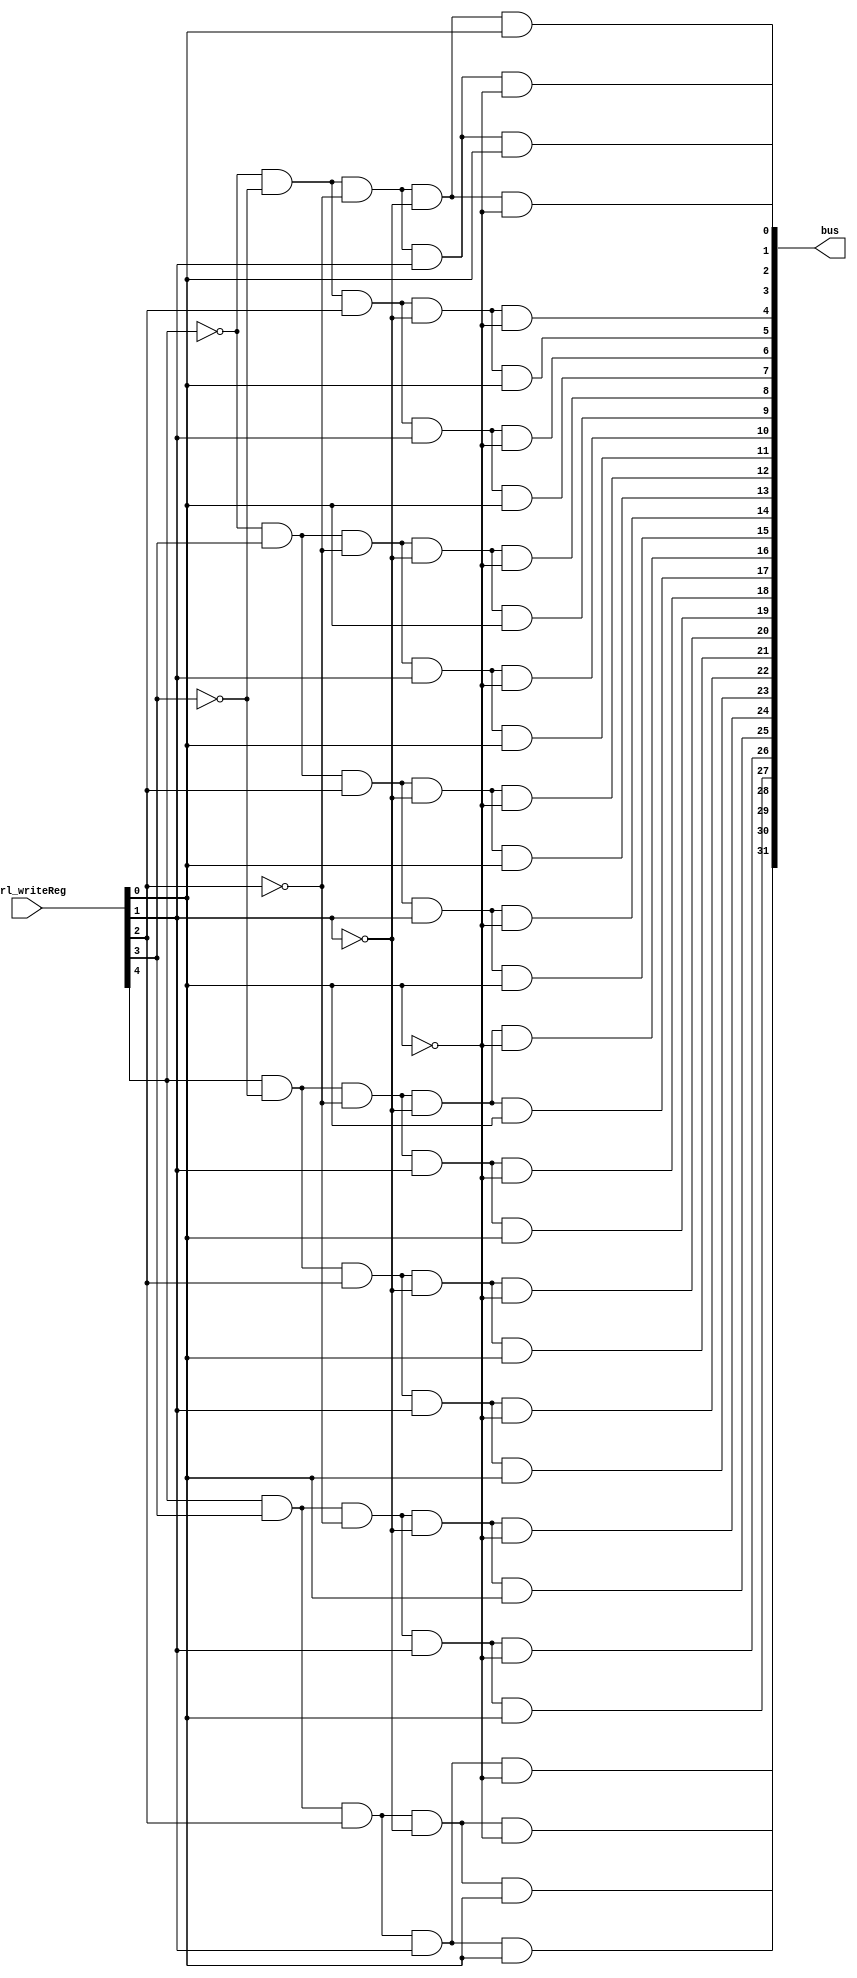
module decoder5to32(ctrl_writeReg, bus);
		input [4:0] ctrl_writeReg;
		output [31:0] bus;
		
		wire not0, not1, not2, not3, not4;
		
		
		not mynot0(not0, ctrl_writeReg[0]);
		not mynot1(not1, ctrl_writeReg[1]);
		not mynot2(not2, ctrl_writeReg[2]);
		not mynot3(not3, ctrl_writeReg[3]);
		not mynot4(not4, ctrl_writeReg[4]);
		
		and and0(bus[0],   not4, 				not3, 				not2, 				not1, 				not0);
		and and1(bus[1],   not4, 				not3,				 	not2, 				not1, 				ctrl_writeReg[0]);
		and and2(bus[2],   not4, 				not3, 				not2, 				ctrl_writeReg[1], not0);
		and and3(bus[3],   not4, 				not3, 				not2, 				ctrl_writeReg[1], ctrl_writeReg[0]);
		and and4(bus[4],   not4, 				not3, 				ctrl_writeReg[2], not1, 				not0);
		and and5(bus[5],   not4, 				not3, 				ctrl_writeReg[2], not1, 				ctrl_writeReg[0]);
		and and6(bus[6],   not4, 				not3, 				ctrl_writeReg[2], ctrl_writeReg[1], not0);
		and and7(bus[7],   not4, 				not3, 				ctrl_writeReg[2], ctrl_writeReg[1], ctrl_writeReg[0]);
		and and8(bus[8],   not4, 				ctrl_writeReg[3], not2, 				not1, 				not0);
		and and9(bus[9],   not4, 				ctrl_writeReg[3], not2, 				not1, 				ctrl_writeReg[0]);
		and and10(bus[10], not4, 				ctrl_writeReg[3], not2, 				ctrl_writeReg[1], not0);
		and and11(bus[11], not4, 				ctrl_writeReg[3], not2, 				ctrl_writeReg[1], ctrl_writeReg[0]);
		and and12(bus[12], not4, 				ctrl_writeReg[3], ctrl_writeReg[2], not1, 				not0);
		and and13(bus[13], not4, 				ctrl_writeReg[3], ctrl_writeReg[2], not1, 				ctrl_writeReg[0]);
		and and14(bus[14], not4, 				ctrl_writeReg[3], ctrl_writeReg[2], ctrl_writeReg[1], not0);
		and and15(bus[15], not4, 				ctrl_writeReg[3], ctrl_writeReg[2], ctrl_writeReg[1], ctrl_writeReg[0]);
		and and16(bus[16], ctrl_writeReg[4], not3, 				not2, 				not1, 				not0);
		and and17(bus[17], ctrl_writeReg[4], not3, 				not2, 				not1, 				ctrl_writeReg[0]);
		and and18(bus[18], ctrl_writeReg[4], not3, 				not2, 				ctrl_writeReg[1], not0);
		and and19(bus[19], ctrl_writeReg[4], not3, 				not2, 				ctrl_writeReg[1], ctrl_writeReg[0]);
		and and20(bus[20], ctrl_writeReg[4], not3,				ctrl_writeReg[2], not1, 				not0);
		and and21(bus[21], ctrl_writeReg[4], not3,				ctrl_writeReg[2], not1, 				ctrl_writeReg[0]);
		and and22(bus[22], ctrl_writeReg[4], not3, 				ctrl_writeReg[2], ctrl_writeReg[1], not0);
		and and23(bus[23], ctrl_writeReg[4], not3, 				ctrl_writeReg[2], ctrl_writeReg[1], ctrl_writeReg[0]);
		and and24(bus[24], ctrl_writeReg[4], ctrl_writeReg[3],not2, 				not1, 				not0);
		and and25(bus[25], ctrl_writeReg[4], ctrl_writeReg[3],not2, 				not1, 				ctrl_writeReg[0]);
		and and26(bus[26], ctrl_writeReg[4], ctrl_writeReg[3],not2, 				ctrl_writeReg[1], not0);
		and and27(bus[27], ctrl_writeReg[4], ctrl_writeReg[3],not2, 				ctrl_writeReg[1], ctrl_writeReg[0]);
		and and28(bus[28], ctrl_writeReg[4], ctrl_writeReg[3],ctrl_writeReg[2], not1, 				not0);
		and and29(bus[29], ctrl_writeReg[4], ctrl_writeReg[3],ctrl_writeReg[2], not1, 				ctrl_writeReg[0]);
		and and30(bus[30], ctrl_writeReg[4], ctrl_writeReg[3],ctrl_writeReg[2], ctrl_writeReg[1], not0);
		and and31(bus[31], ctrl_writeReg[4], ctrl_writeReg[3],ctrl_writeReg[2], ctrl_writeReg[1], ctrl_writeReg[0]);
		
endmodule